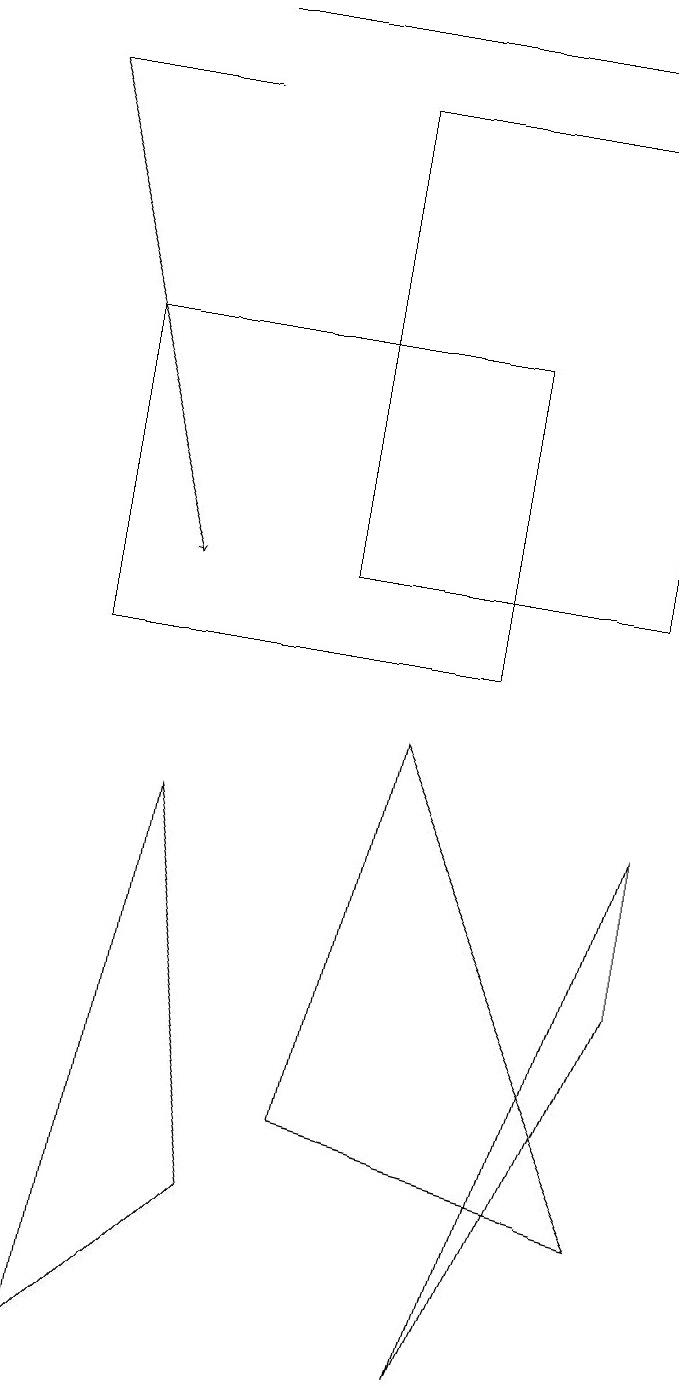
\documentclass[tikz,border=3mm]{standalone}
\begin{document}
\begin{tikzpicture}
\draw (4,17) rectangle (8,11);
\draw (4,4) -- (8,3) -- (5,9) -- cycle;
\draw[->] (0,17) -- (2,11);
\draw (3,3) -- (2,8) -- (1,1) -- cycle;
\draw[->] (2,18) -- (7,18);
\draw (1,14) rectangle (6,10);
\draw (0,17) rectangle (2,17);
\draw (8,8) -- (6,1) -- (8,6) -- cycle;
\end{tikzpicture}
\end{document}